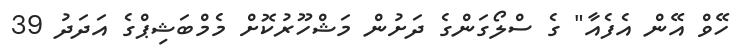
ހޭވް އޭން އެފެއާ" ގެ ސްލޯގަންގެ ދަށުން މަޝްހޫރުކޮށް މެމްބަޝިޕްގެ އަދަދު 39